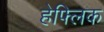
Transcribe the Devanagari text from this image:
हेफ्लिक